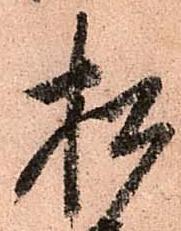
松